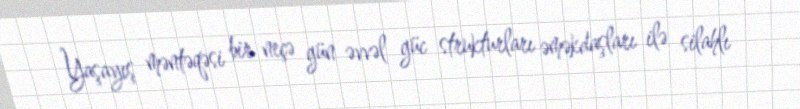
Yaşayış məntəqəsi bir neçə gün əvvəl güc strukturları əməkdaşları ilə silahlı